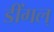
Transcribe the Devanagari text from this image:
डींगल्